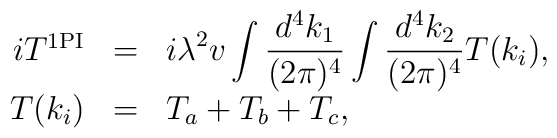
\begin{array}{rcl}iT^{\rm 1PI}&=&\displaystyle i\lambda^2 v\int\frac{d^4k_1}{(2\pi)^4}\int\frac{d^4k_2}{(2\pi)^4}T(k_i),\\T(k_i)&=&\displaystyle T_a+T_b+T_c,\\\end{array}